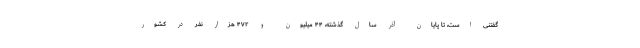
گفتنی است، تا پایان آذر سال گذشته، ۴۴ میلیون و ۴۷۲ هزار نفر در کشور